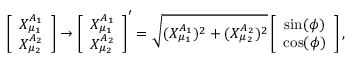
\left[ \begin{array} { c } { { X _ { \mu _ { 1 } } ^ { A _ { 1 } } } } \\ { { X _ { \mu _ { 2 } } ^ { A _ { 2 } } } } \end{array} \right] \rightarrow \left[ \begin{array} { c } { { X _ { \mu _ { 1 } } ^ { A _ { 1 } } } } \\ { { X _ { \mu _ { 2 } } ^ { A _ { 2 } } } } \end{array} \right] ^ { \prime } = \sqrt { ( X _ { \mu _ { 1 } } ^ { A _ { 1 } } ) ^ { 2 } + ( X _ { \mu _ { 2 } } ^ { A _ { 2 } } ) ^ { 2 } } \left[ \begin{array} { c } { { \sin ( \phi ) } } \\ { { \cos ( \phi ) } } \end{array} \right] ,